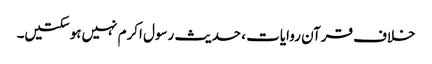
خلاف قرآن روایات ، حدیث رسول اکرم نہیں‌ہوسکتیں۔